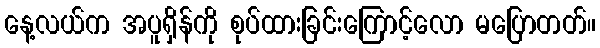
နေ့လယ်က အပူရှိန်ကို စုပ်ထားခြင်းကြောင့်လော မပြောတတ်။